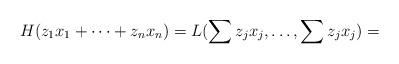
LaTeX: \begin{align*}H(z_1x_1+\dots+z_nx_n)= L(\sum z_jx_j, \dots,\sum z_jx_j)=\end{align*}